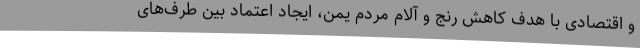
و اقتصادی با هدف کاهش رنج و آلام مردم یمن، ایجاد اعتماد بین طرف‌های